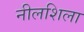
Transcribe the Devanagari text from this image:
नीलशिला